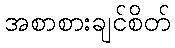
အစာစားချင်စိတ်